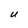
Character: U